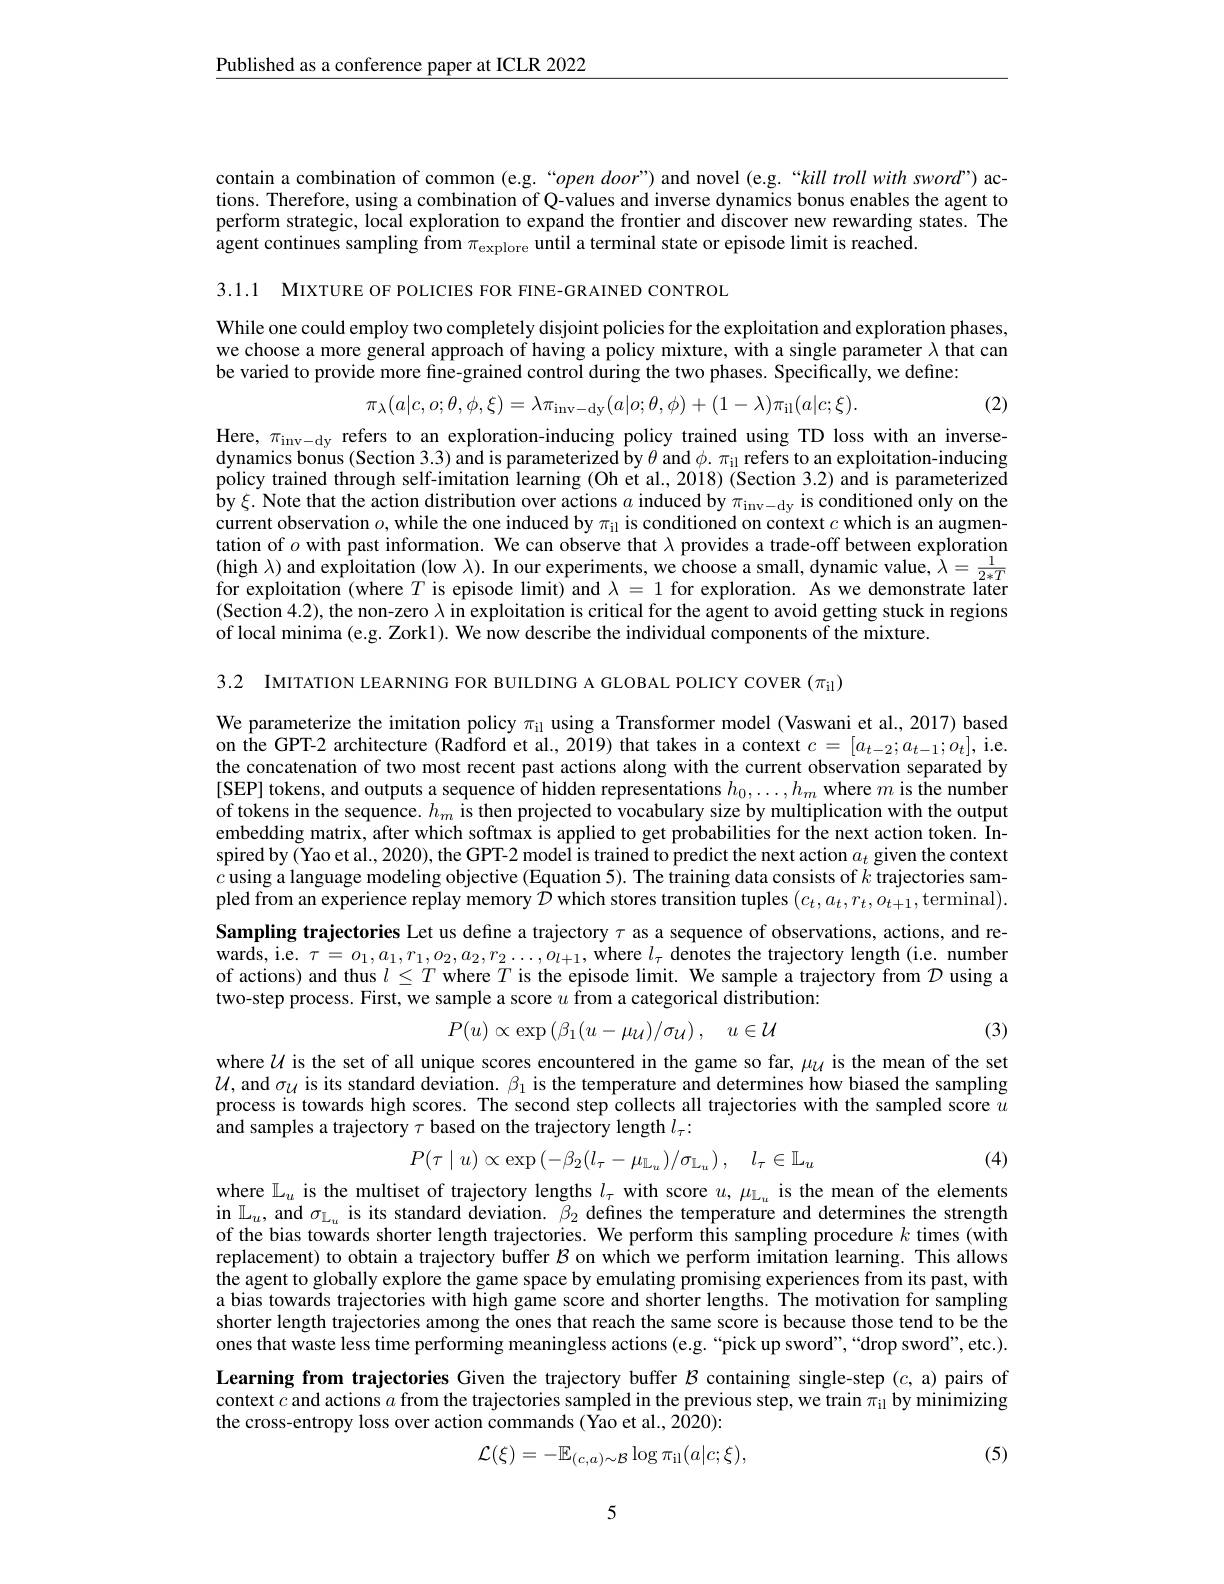
$\underline{\text{Published as a conference paper at ICLR 2022}}$

contain a combination of common (e.g.“open door”) and novel (e.g.“kill troll with sword”) actions. Therefore, using a combination of Q-values and inverse dynamics bonus enables the agent to perform strategic, local exploration to expand the frontier and discover new rewarding states. The agent continues sampling from $\pi_\mathrm{explore}$ until a terminal state or episode limit is reached.

3.1.1 MIXTURE OF POLICIES FOR FINE-GRAINED CONTROL

While one could employ two completely disjoint policies for the exploitation and exploration phases, we choose a more general approach of having a policy mixture, with a single parameter $\lambda$ that can be varied to provide more fine-grained control during the two phases. Specifically, we define:
$$\pi_{\lambda}(a|c,o;\theta,\phi,\xi)=\lambda\pi_{\mathrm{inv-dy}}(a|o;\theta,\phi)+(1-\lambda)\pi_{\mathrm{il}}(a|c;\xi).$$
(2)

Here, $\pi_\mathrm{inv-dy}$ refers to an exploration-inducing policy trained using TD loss with an inversedynamics bonus (Section 3.3) and is parameterized by $\theta$ and $\phi.\pi_\mathrm{il}$ refers to an exploitation-inducing policy trained through self-imitation learning (Oh et al., 2018) (Section 3.2) and is parameterized by $\xi.$ Note that the action distribution over actions $a$ induced by $\pi_\mathrm{inv-dy}$ is conditioned only on the current observation $o$,while the one induced by $\pi_{\mathrm{il}}$ is conditioned on context $c$ which is an augmentation of $o$ with past information. We can observe that $\lambda$ provides a trade-off between exploration (high $\lambda)$ and exploitation (low $\lambda).$ In our experiments, we choose a small, dynamic value, $\hat{\lambda}=\frac1{2*T}$ for exploitation (where $T$ is episode limit) and $\lambda=1$ for exploration. As we demonstrate later $(\hat{\text{Section }4.2})$,the non-zero $\lambda$ in exploitation is critical for the agent to avoid getting stuck in regions of local minima (e.g. Zork1). We now describe the individual components of the mixture.

3.2 IMITATION LEARNING FOR BUILDING A GLOBAL POLICY COVER $(\pi_\mathrm{il})$

We parameterize the imitation policy $\pi_\mathrm{il}$ using a Transformer model (Vaswani et al., 2017) based on the GPT-2 architecture (Radford et al., 2019) that takes in a context $c=[a_{t-2};a_{t-1};o_{t}]$,i.e the concatenation of two most recent past actions along with the current observation separated by [SEP] tokens, and outputs a sequence of hidden representations $h_0,\ldots,h_m$ where $m$ is the number of tokens in the sequence. $h_m$ is then projected to vocabulary size by multiplication with the output embedding matrix, after which softmax is applied to get probabilities for the next action token. In- $\begin{array}{l}{\mathrm{spired~by~(Yao~et~al.,~2020),~the~GPT-2~model~is~trained~to~predict~the~next~action~}a_{t}~given~the~context}\\{c~using~a~language~modeling~objective~(Equation~5).~The~training~data~consists~of~}k~trajectories~sam-ch~ang~the~an~the~a~th~a~th~a~th~a\end{array}$ pled from an experience replay memory $\mathcal{D}$ which stores transition tuples $(c_t,a_t,r_t,o_{t+1}$,terminal). Sampling trajectories Let us define a trajectory $\tau$ as a sequence of observations, actions, and rewards, i.e. $\tau=o_1,a_1,r_1,o_2,a_2,r_2\ldots,o_{l+1}$, where $l_\tau$ denotes the trajectory length (i.e. number of actions) and thus $l\leq T$ where $T$ is the episode limit. We sample a trajectory from $\mathcal{D}$ using a two-step process. First, we sample a score $u$ from a categorical distribution:
$$P(u)\propto\exp\left(\beta_1(u-\mu_{\mathcal{U}})/\sigma_{\mathcal{U}}\right),\quad u\in\mathcal{U}$$
(3)

where $\mathcal{U}$ is the set of all unique scores encountered in the game so far, $\mu_\mathrm{U}$ is the mean of the set $\mathcal{U} $,and $\sigma _{\mathcal{U} }$ is its standard deviation. $\beta _{1}$ is the temperature and determines how biased the sampling process is towards high scores. The second step collects all trajectories with the sampled score $u$ and samples a trajectory $\tau$ based on the trajectory length $l_\tau:$
$$P(\tau\mid u)\propto\exp\left(-\beta_2(l_\tau-\mu_{\mathbb{L}_u})/\sigma_{\mathbb{L}_u}\right),\quad l_\tau\in\mathbb{L}_u$$
where $\mathbb{L}_u$ is the multiset of trajectory lengths $l_\tau$ with score $u,\mu_\mathrm{L_u}$ is the mean of the elements

(4)

in $\mathbb{L}_u$, and $\sigma_{\mathbb{L}_u}$ is its standard deviation. $\beta_2$ defines the temperature and determines the strength of the bias towards shorter length trajectories. We perform this sampling procedure $k$ times (withe bias towards shorter length trajectories. We perform this sampling procedure $k$ times (witber $h$ replacement) to obtain a trajectory buffer $\mathcal{B}$ on which we perform imitation learning. This allows the agent to globally explore the game space by emulating promising experiences from its past, with a bias towards trajectories with high game score and shorter lengths. The motivation for sampling shorter length trajectories among the ones that reach the same score is because those tend to be the ones that waste less time performing meaningless actions (e.g.“pick up sword",“drop sword", etc.).

Learning from trajectories Given the trajectory buffer $\mathcal{B}$ containing single-step ($c$, a) pairs of context $c$ and actions $a$ from the trajectories sampled in the previous step, we train $\pi_\mathrm{il}$ by minimizing the cross-entropy loss over action commands ( fao et al., 2020):
$$\mathcal{L}(\xi)=-\mathbb{E}_{(c,a)\sim\mathcal{B}}\log\pi_{\mathrm{il}}(a|c;\xi),$$
(5)

5